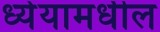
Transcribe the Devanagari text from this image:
ध्येयामधील